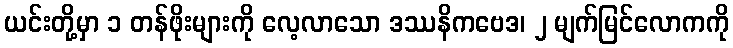
ယင်းတို့မှာ ၁ တန်ဖိုးများကို လေ့လာသော ဒဿနိကဗေဒ၊ ၂ မျက်မြင်လောကကို